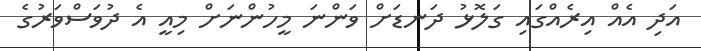
އަދި އެއް އިރެއްގައި ގަލޮޅު ދަނޑަށް ވަންނަ މީހުންނަށް މިއީ އެ ދުވަސްވަރުގެ